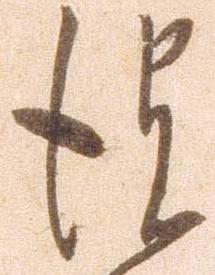
彼